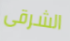
الشرقى